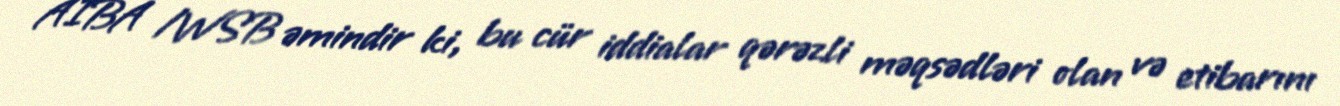
AIBA /WSB əmindir ki, bu cür iddialar qərəzli məqsədləri olan və etibarını